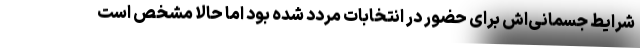
شرایط جسمانی‌اش برای حضور در انتخابات مردد شده بود اما حالا مشخص است